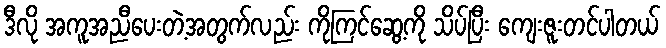
ဒီလို အကူအညီပေးတဲ့အတွက်လည်း ကိုကြင်ဆွေ့ကို သိပ်ပြီး ကျေးဇူးတင်ပါတယ်